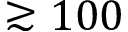
\gtrsim 1 0 0